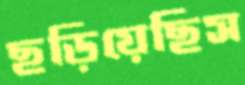
ছড়িয়েছিস